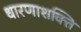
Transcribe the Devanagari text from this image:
धारणाशक्ति